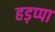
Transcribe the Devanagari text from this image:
हड़प्‍पा